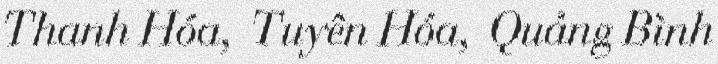
Thanh Hóa, Tuyên Hóa, Quảng Bình